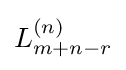
L_{m+n-r}^{(n)}